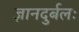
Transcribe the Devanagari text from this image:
ज्ञानदुर्बलः